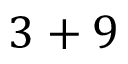
3 + 9